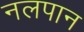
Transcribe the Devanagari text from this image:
नलपान